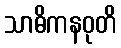
သာဓိကနဝုတိ